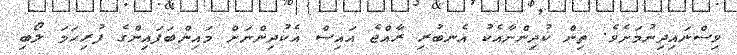
ވިސްނައިދިނުމަށެވެ. ތިން ކުދިންނާއެކު އެނބުރި ރާއްޖެ އައިސް އެކުދިންނަށް މައިންބަފައިންގެ ފުރިހަމަ ލޯބި